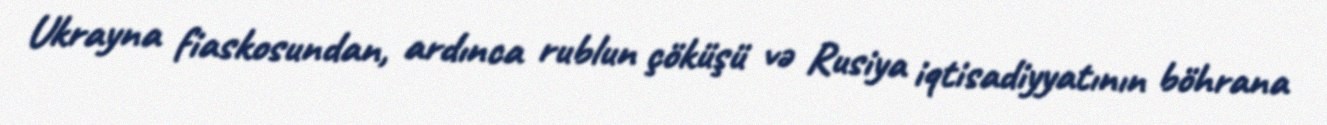
Ukrayna fiaskosundan, ardınca rublun çöküşü və Rusiya iqtisadiyyatının böhrana